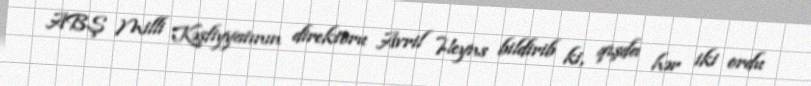
ABŞ Milli Kəşfiyyatının direktoru Avril Heyns bildirib ki, qışda hər iki ordu